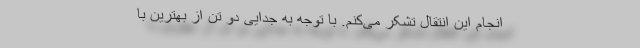
انجام این انتقال تشکر می‌کنم. با توجه به جدایی دو تن از بهترین با